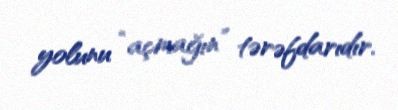
yolunu “açmağın” tərəfdarıdır.